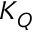
K _ { Q }